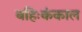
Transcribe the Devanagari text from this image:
बहिःकंकाल